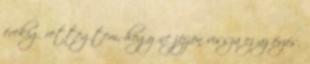
évekig rettegtem, hogy ne jöjjön vissza ez az érzés.